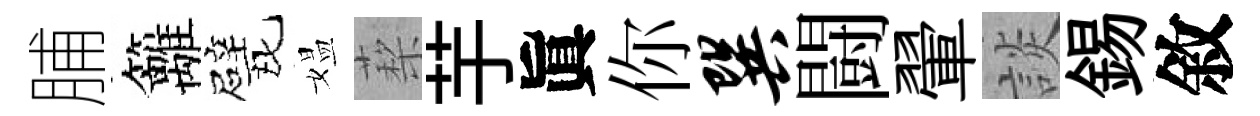
脯籬甓媪蔾芋眞你巽闘翬談錫敘